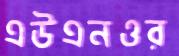
এউএনওর